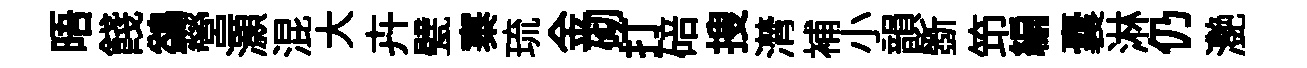
晤餞鷁營灝混大卉甓寨琉金砌打碚搜潸補小韻斵笻編囊淋仍灔